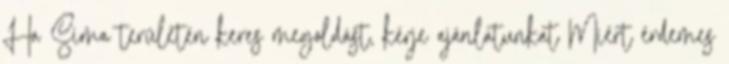
Ha Sima területén keres megoldást, kérje ajánlatunkat Miért érdemes